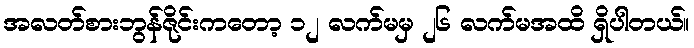
အလတ်စားဘွန်ဇိုင်းကတော့ ၁၂ လက်မမှ ၂၆ လက်မအထိ ရှိပါတယ်။